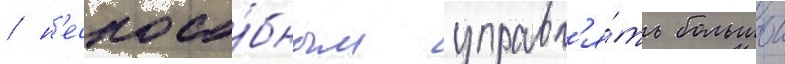
/ н'еспосо́бным управл'я́ть большои